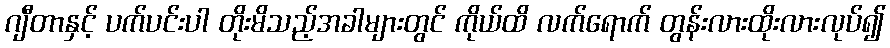
ဂျီတာနှင့် ပက်ပင်းပါ တိုးမိသည့်အခါများတွင် ကိုယ်ထိ လက်ရောက် တွန်းလားထိုးလားလုပ်၍